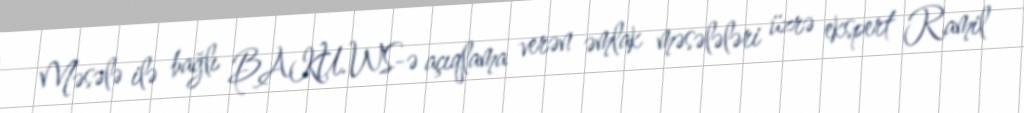
Məsələ ilə bağlı BAKU.WS-ə açıqlama verən əmlak məsələləri üzrə ekspert Ramil